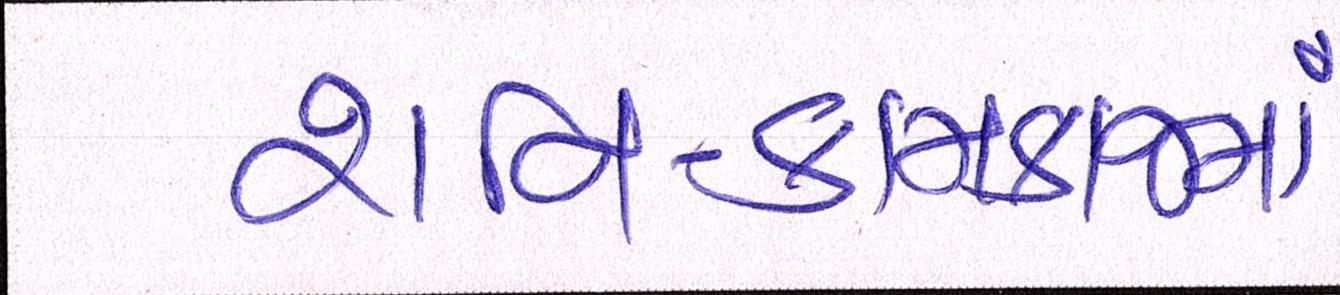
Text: શનિ-કામકાજમાં